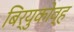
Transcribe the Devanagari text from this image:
बिर्युकोव्ह